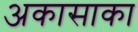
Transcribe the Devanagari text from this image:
अकासाका